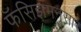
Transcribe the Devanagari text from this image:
फॅसिझमनुसार